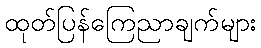
ထုတ်ပြန်ကြေညာချက်များ